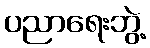
ပညာရေးဘွဲ့